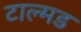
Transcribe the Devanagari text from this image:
टाल्मड